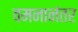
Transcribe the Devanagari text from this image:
वमनानंतर